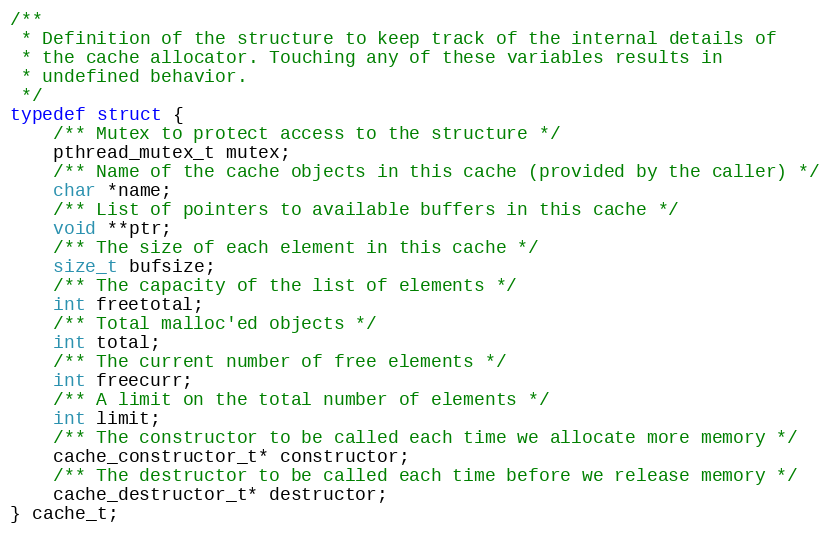
Language: C
/**
 * Definition of the structure to keep track of the internal details of
 * the cache allocator. Touching any of these variables results in
 * undefined behavior.
 */
typedef struct {
    /** Mutex to protect access to the structure */
    pthread_mutex_t mutex;
    /** Name of the cache objects in this cache (provided by the caller) */
    char *name;
    /** List of pointers to available buffers in this cache */
    void **ptr;
    /** The size of each element in this cache */
    size_t bufsize;
    /** The capacity of the list of elements */
    int freetotal;
    /** Total malloc'ed objects */
    int total;
    /** The current number of free elements */
    int freecurr;
    /** A limit on the total number of elements */
    int limit;
    /** The constructor to be called each time we allocate more memory */
    cache_constructor_t* constructor;
    /** The destructor to be called each time before we release memory */
    cache_destructor_t* destructor;
} cache_t;